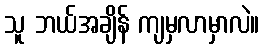
သူ ဘယ်အချိန် ကျမှလာမှာလဲ။